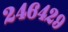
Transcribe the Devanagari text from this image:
२४६४२९